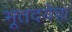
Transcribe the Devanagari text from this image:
भूतदयेचा